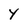
Character: Y